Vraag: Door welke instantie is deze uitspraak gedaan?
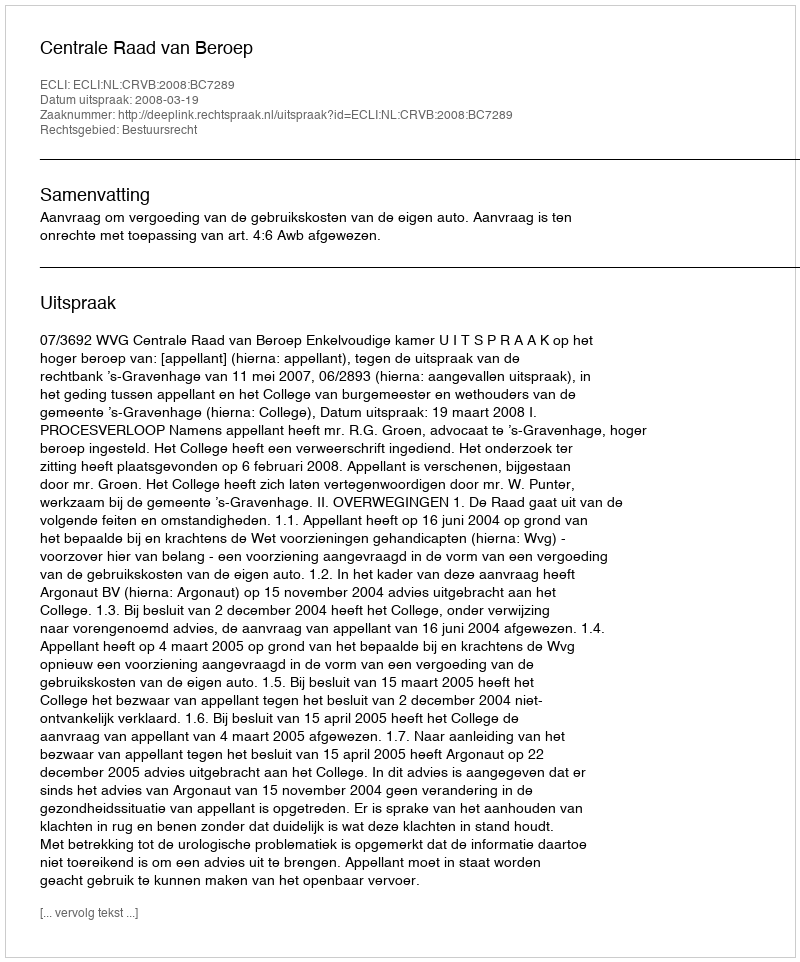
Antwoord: Centrale Raad van Beroep